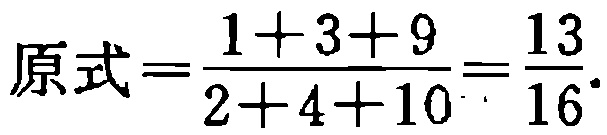
\(原式=\frac{1 + 3 + 9}{2 + 4 + 10}=\frac{13}{16}\)